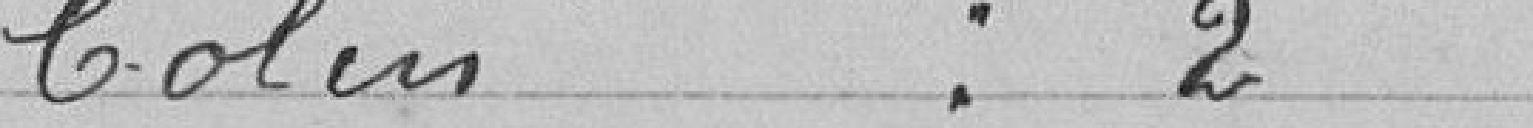
Colin : 2 voix